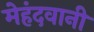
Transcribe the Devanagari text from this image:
मेहंदवानी